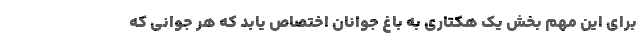
برای این مهم بخش یک هکتاری به باغ جوانان اختصاص یابد که هر جوانی که